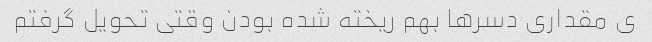
ی مقداری دسر‌ها بهم ریخته شده بودن وقتی تحویل گرفتم